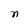
Character: n